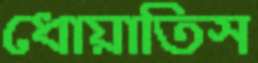
ধোয়াতিস